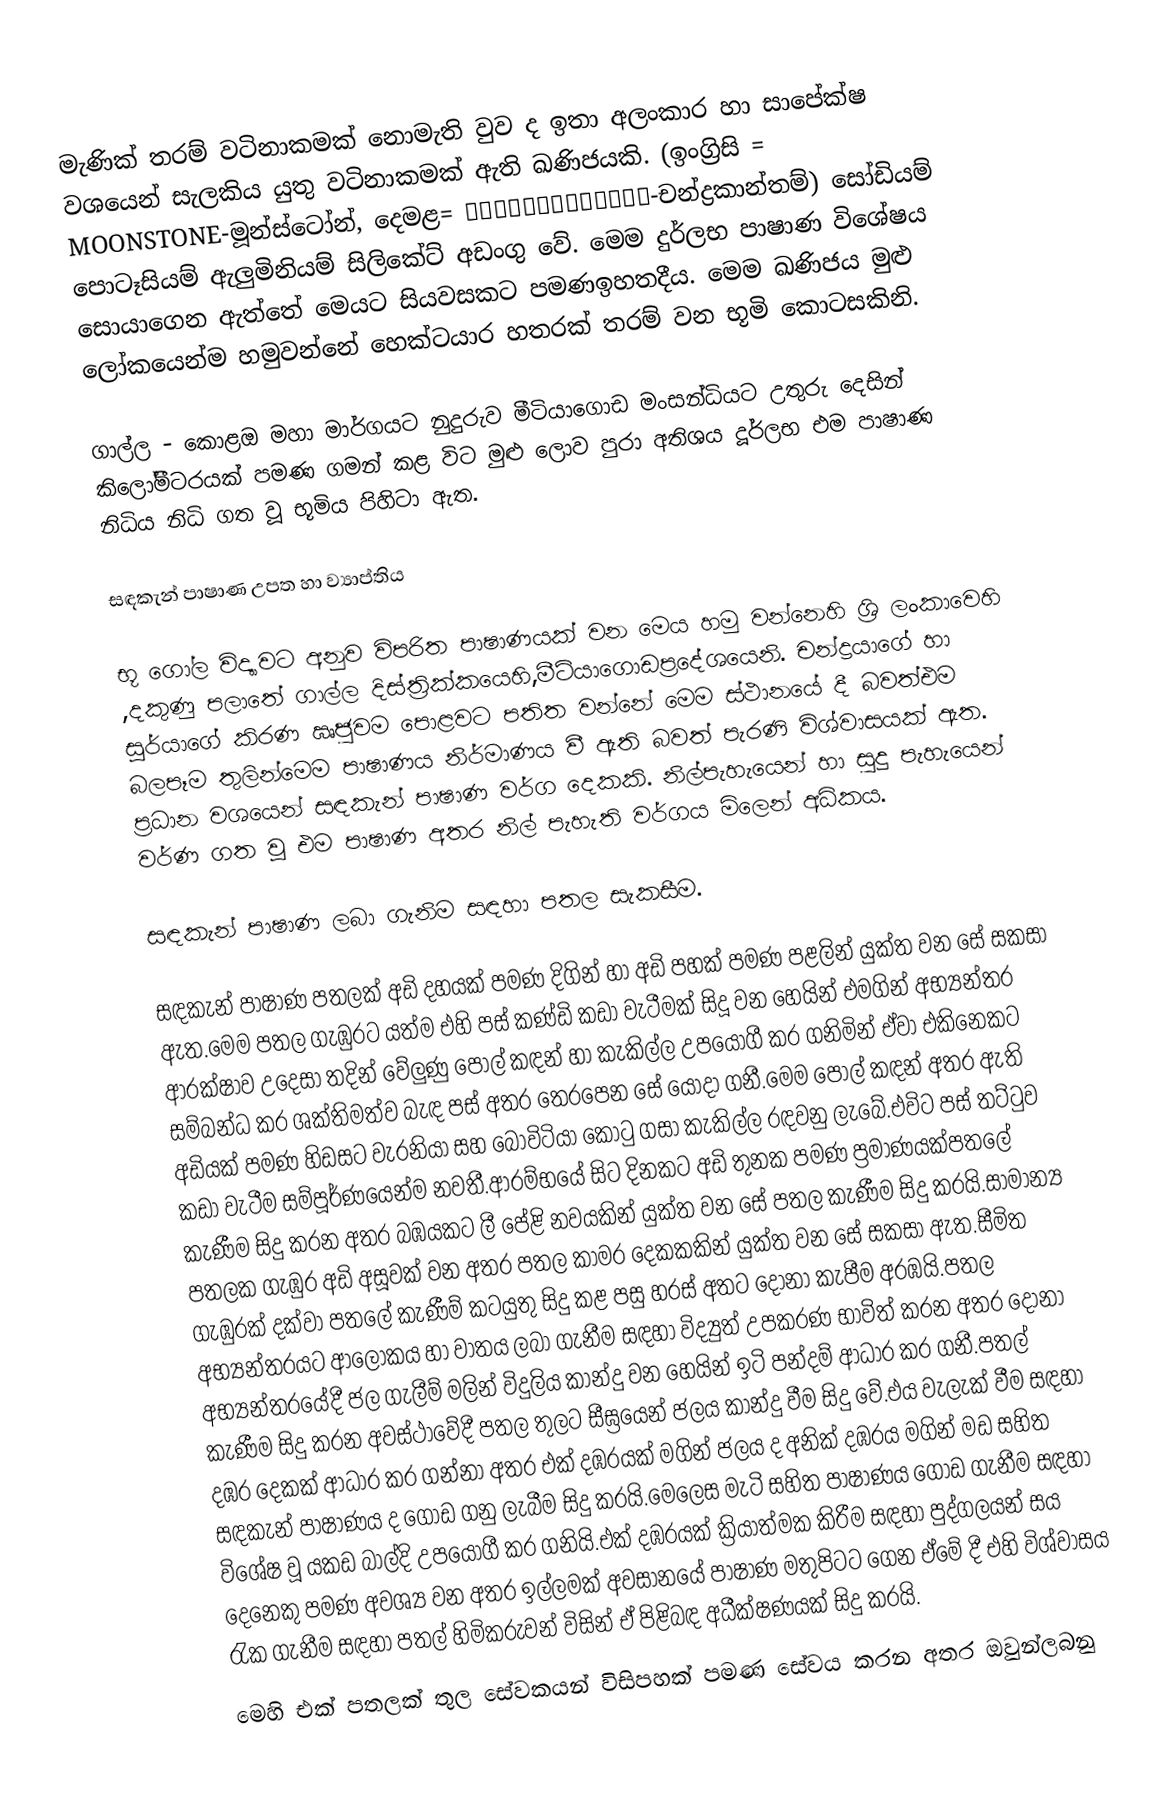
මැණික් තරම් වටිනාකමක් නොමැති වුව ද ඉතා අලංකාර හා සාපේක්ෂ වශයෙන් සැලකිය යුතු වටිනාකමක් ඇති ඛණිජයකි. (ඉංග්‍රිසි = MOONSTONE-මූන්ස්ටෝන්, දෙමළ= சந்திரகாந்தம்-චන්ද්‍රකාන්තම්) සෝඩියම් පොටෑසියම් ඇලුමිනියම් සිලිකේට් අඩංගු වේ. මෙම දුර්ලභ පාෂාණ විශේෂය සොයාගෙන ඇත්තේ මෙයට සියවසක‍ට පමණඉහතදීය. මෙම ඛණිජය මුළු ලෝකයෙන්ම හමුවන්නේ හෙක්‍ටයාර හතරක් තරම් වන භූමි කො‍ටසකිනි.

ගාල්ල - කොළඔ මහා මාර්ගයට නුදුරුව මීටියාගොඩ මංසන්ධියට උතුරු දෙසින් කිලෝමීටරයක් පමණ ගමන් කළ විට මුළු ලොව පුරා අතිශය දූර්ලභ එම පාෂාණ නිධිය නිධි ගත වූ භූමිය පිහිටා ඇත.

සඳකැන් පාෂාණ උපත හා ව්‍යාප්තිය

භූ ගෝල විද්‍යාවට අනුව විපරිත පාෂාණයක් වන මෙය හමු වන්නෙහි ශ්‍රි ලංකාවෙහි ,දකුණු පලාතේ ගාල්ල දිස්ත්‍රික්ක‍‍යෙහි,මීටියාගොඩප්‍රදේශයෙනි. චන්ද්‍රයාගේ හා සූර්යාගේ කිරණ ඍජුවම පොළවට පතිත වන්නේ මෙම ස්ථානයේ දී බවත්එම බලපෑම තුලින්මෙම පාෂාණය නිර්මාණය වී ඇති බවත් පැරණි විශ්වාසයක් ඇත. ප්‍රධාන වශයෙන් සඳකැන් පාෂාණ වර්ග දෙකකි. නිල්පැහැයෙන් හා සුදු පැහැයෙන් වර්ණ ගත වූ එම පාෂාණ අතර නිල් පැහැති වර්ගය මිලෙන් අධිකය.

සඳකැන් පාෂාණ ලබා ගැනිම සඳහා පතල සැකසීම.

සඳකැන් පාෂාණ පතලක් අඩි දහයක් පමණ දිගින් හා අඩි පහක් පමණ පළලින් යුක්ත වන සේ සකසා ඇත.මෙම පතල ගැඹුරට යත්ම එහි පස් කණ්ඩි කඩා වැටීමක් සිදූ වන හෙයින් එමගින් අභ්‍යන්තර ආරක්ෂාව උදෙසා තදින් වේලුණු පොල් කඳන් හා කැකිල්ල උපයෝගී කර ගනිමින් ඒවා එකිනෙක‍ට සම්බන්ධ කර ශක්තිමත්ව බැඳ පස් අතර තෙරපෙන සේ යොදා ගනී.මෙම පොල් කඳන් අතර ඇති අඩියක් පමණ හිඩසට වැරනියා සහ බෝවිටියා කෝටු ගසා කැකිල්ල රඳවනු ලැ‍‍බේ.එවිට පස් තට්ටුව කඩා වැටීම සම්පූර්ණයෙන්ම නවතී.ආරම්භයේ සිට දිනකට අඩි තුනක පමණ ප්‍රමාණයක්පතලේ කැණීම සිදු කරන අතර බඹයකට ලී පේළි නවයකින් යුක්ත වන සේ පතල කැණීම සිදු කරයි.සාමාන්‍ය පතලක ගැඹුර අඩි අසූවක් වන අතර පතල කාමර දෙකකකින් යුක්ත වන සේ සකසා ඇත.සීමිත ගැඹුරක් දක්වා පතලේ කැණීම් කටයුතු සිදු කළ පසු හරස් අතට දෝනා කැපීම අරඹයි.පතල අභ්‍යන්තරයට ආලෝකය හා වාතය ලබා ගැනීම සඳහා විද්‍යුත් උපකරණ භාවිත් කරන අතර දෝනා අභ්‍යන්තරයේදී ජල ගැලීම් මලින් විදුලිය කාන්දු වන හෙයින් ඉටි පන්දම් ආධාර කර ගනී.පතල් කැණීම සිදු කරන අවස්ථාවේදී පතල තුලට සීඝ්‍රයෙන් ජලය කාන්දු  වීම සිදු වේ.එය වැලැක් වීම සඳහා දඹර දෙකක් ආධාර කර ගන්නා අතර එක් දඹරයක් මගින් ජලය ද අනික් දඹරය මගින් මඩ සහිත සඳකැන් පාෂාණය ද ගොඩ ගනු ලැබීම සිදු කරයි.මෙලෙස මැටි සහිත පාෂාණය ගොඩ ගැනීම සඳහා විශේෂ වූ යකඩ බාල්දි උපයෝගී කර ගනියි.එක් දඹරයක් ක්‍රියාත්මක කිරීම සඳහා පුද්ගලයන් සය දෙනෙකු පමණ අවශ්‍ය වන අතර ඉල්ලමක් අවසානයේ පාෂාණ මතුපිටට ගෙන ‍ඒමේ දී  එහි විශ්වාසය රැක ගැනීම සඳහා පතල් හිමිකරුවන් විසින් ඒ පිළිබඳ අධීක්ෂණයක් සිදු කරයි.
මෙහි එක් පතලක් තුල සේවකයන් විසිපහක් පමණ සේවය කරන අතර ඔවුන්ලබනු